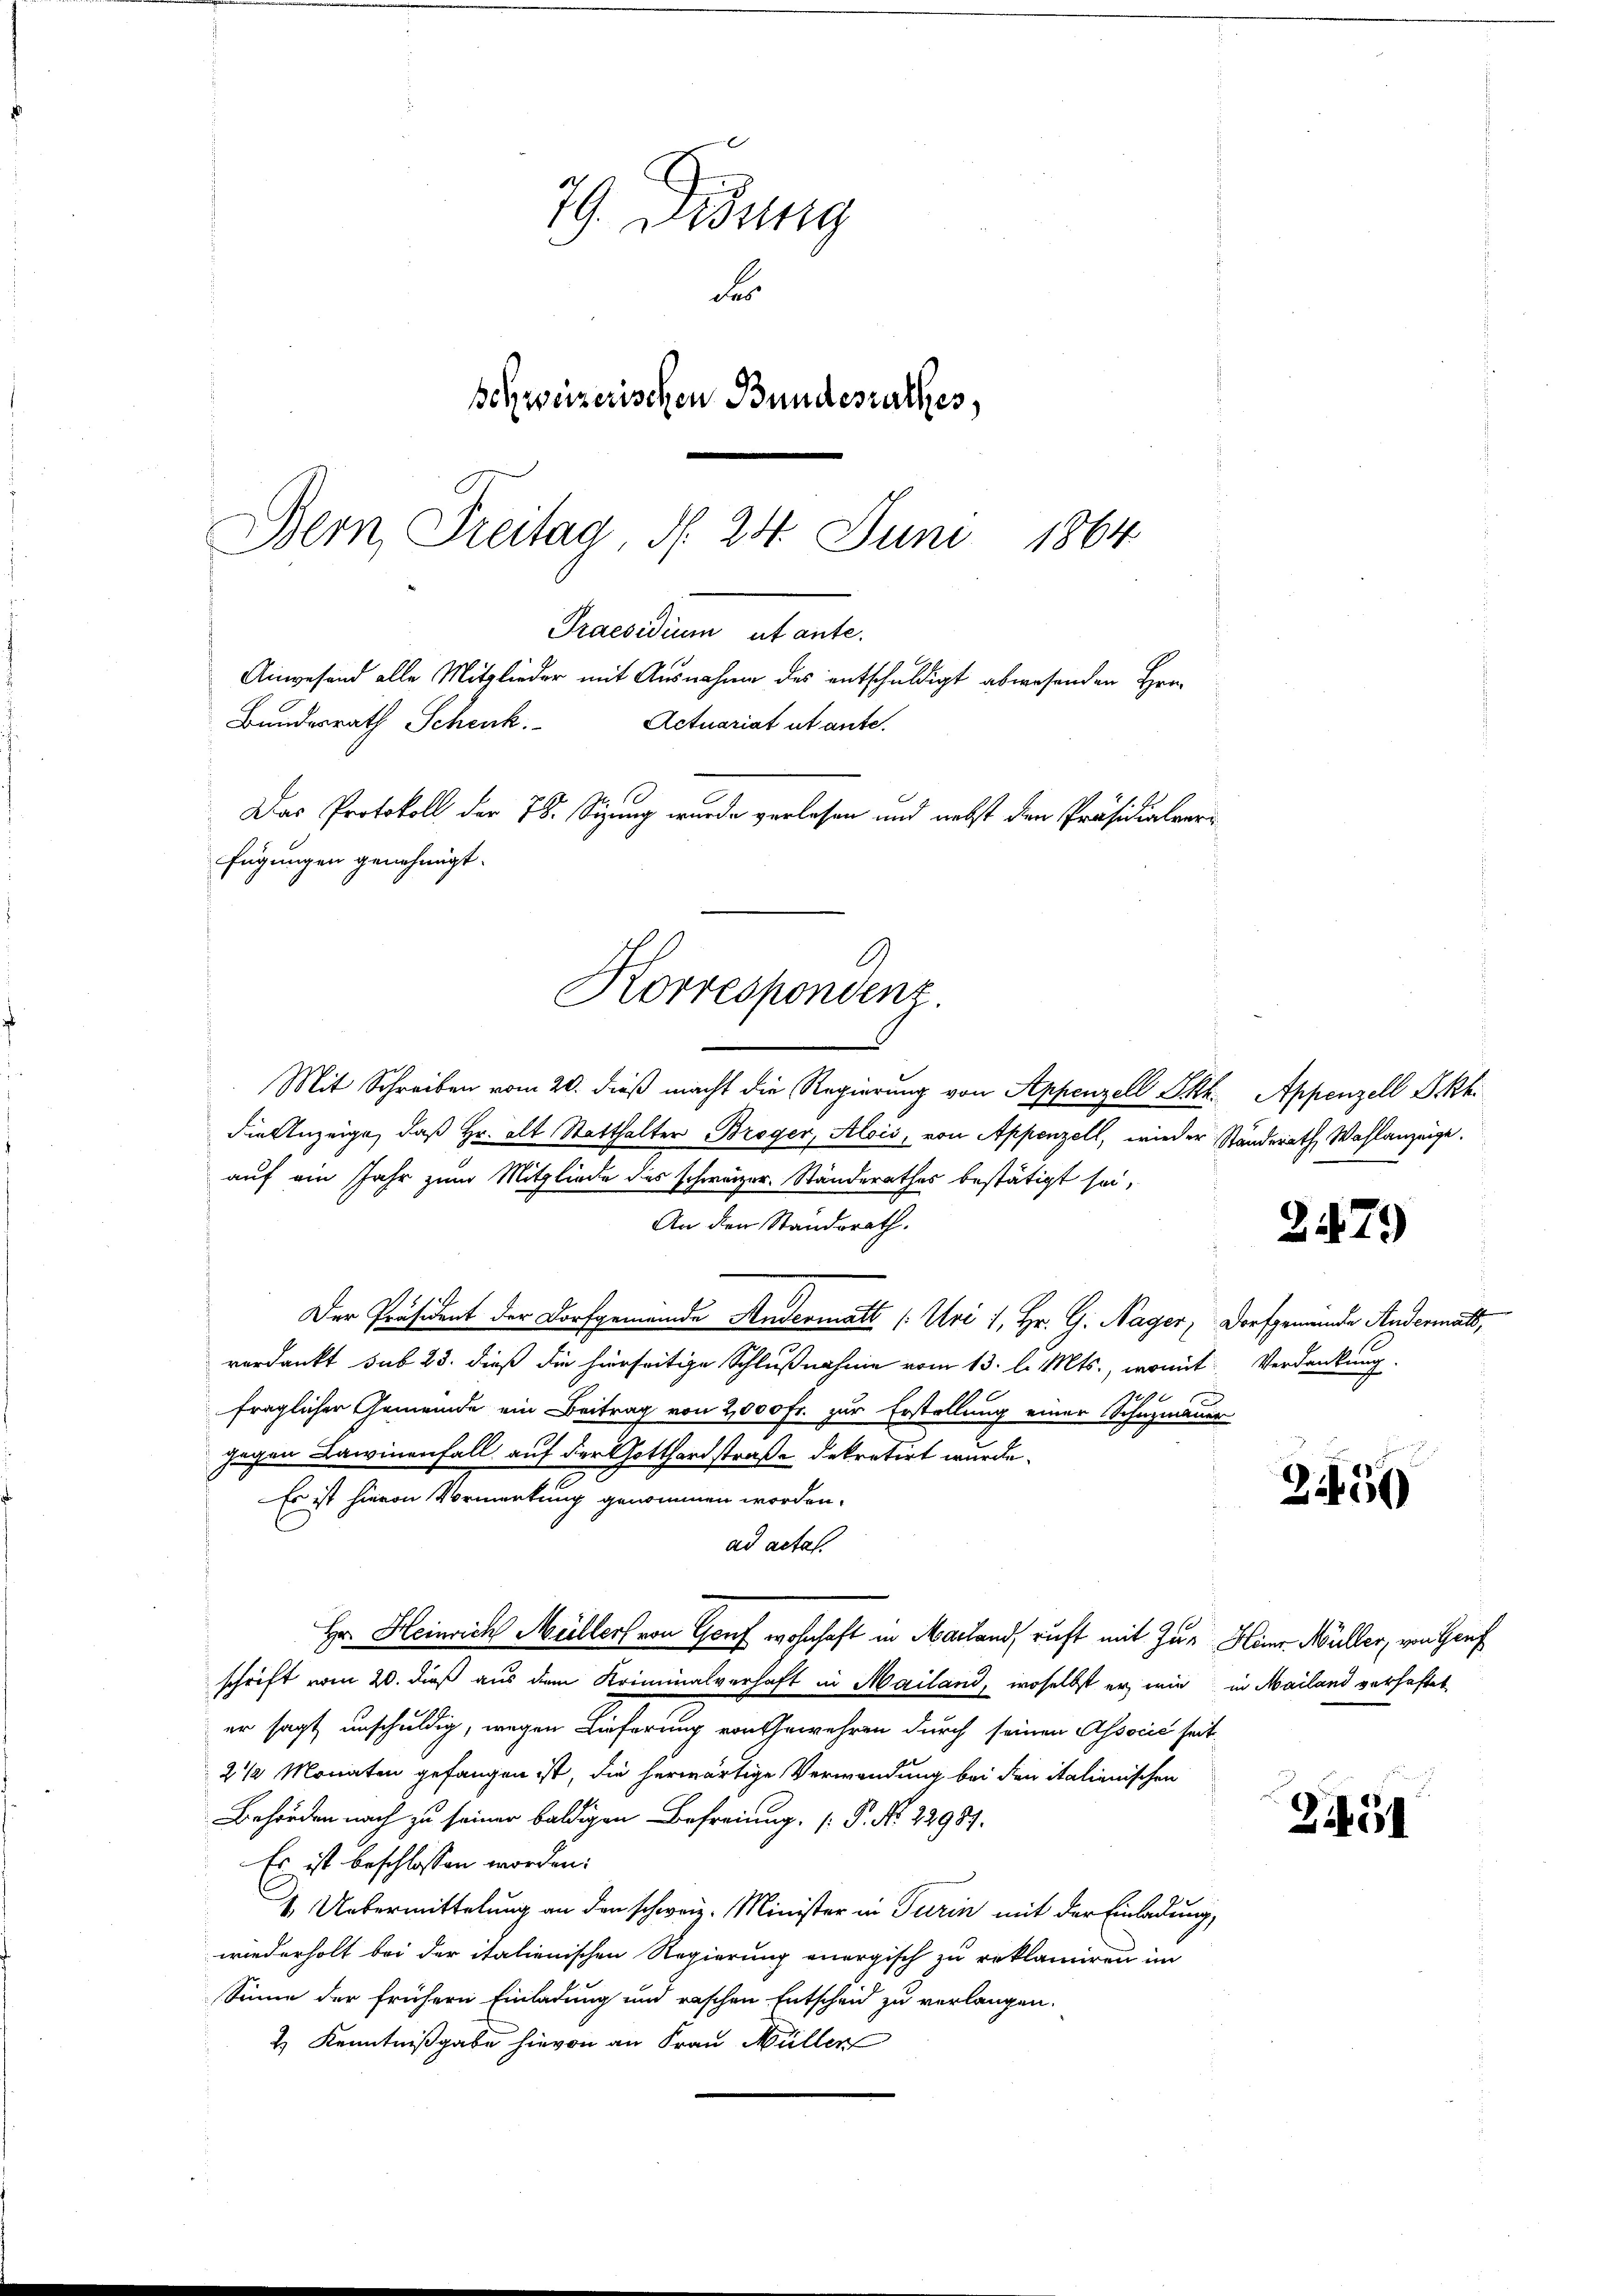
9
Korrespondenz

79. Didung
Fer
schweizerischen Bundesrathes,
Bern, Freitag, d. 24. Juni 1864
Praesidium ut ante.
Anwesend alle Mitglieder mit Ausnahme des entschuldigt abwesenden Han¬
Bundesrath Schick.
Actuariat utante.
Das Protokoll der 78. Sizung wurde verlesen und nebst den Präsidialverfügungen genehmigt.

Mit Schreiben vom 20. dieß macht die Regierung von Appenzell Pkt. Appenzell I.Rh.
die Anzeige, daß Hr. alt Statthalter Broger, Alois, von Appenzell, wieder Standerath Wahlanzeige.
auf ein Jahr zum Mitgliede des schweizer. Ständerathes bestätigt sei,
An den Standsrath.
.
Der Präsident der Dorfgemeinde Andermatt (: Uri 1, Hr. G. Nager, Dorfgemeinde Andermatt,
verdankt sub 23. dieß die hierseitige Schlußnahme vom 13. l. Mts., womit Verdankung.
fraglicher Gemeinde ein Beitrag von 2000 Fr. zur Erstellung einer Schuzmauer
gegen Lawinenfall auf der Gotthardstraße dekretirt wurde.
Es ist hievon Vormerkung genommen worden.
ad actas
Hr. Heinrich Meillers von Genf wohnhaft in Mailand, ruft mit Zur Heinr. Müller, von Genf
schrift vom 20. dieß aus dem Kriminalverhaft in Mailand, woselbst er wie in Mailand verhaftet
er sagt unschuldig, wegen Lieferung von Gewehren durch seinen Associć seit¬
2 1/2 Monaten gefangen ist, die herwärtige Verwendung bei den italienischen
Behörden nach zu seiner baldigen Befreiung. (P. Nr. 22987.
Es ist beschlossen worden.
4. Uebermittelung an den schweiz. Minister in Turin mit der Einladung,
wiederholt bei der italienischen Regierung energisch zu reklamiren im
Sinne der frühern Einladung und raschen Entscheid zu verlangen.
2) Kenntnißgabe hievon an Frau Müller

2479

3450

3491